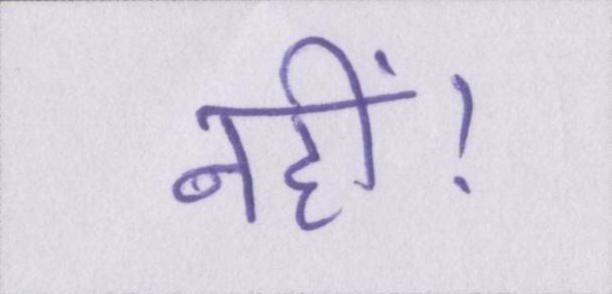
नहीं।